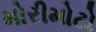
મોરીમોટો